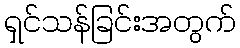
ရှင်သန်ခြင်းအတွက်